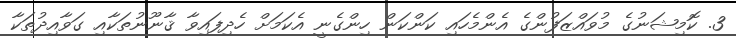
3. ކޮމިޝަނުގެ މުވައްޒަފުންގެ އެންމެހައި ކަންކަން ހިންގެނީ އެކަމަށް ހެދިފައިވާ ޤާނޫނުތަކާއި ގަވާއިދުތަކާ